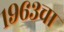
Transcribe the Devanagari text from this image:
१९६३चा